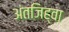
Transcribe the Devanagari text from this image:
अंतजिह्वा